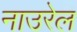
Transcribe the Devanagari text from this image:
नाउरेल